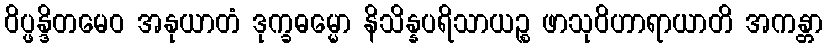
ဝိပ္ဖန္ဒိတမေဝ အနုယာတံ ဒုက္ခဓမ္မော နိသိန္နပရိသာယဉ္စ ဖာသုဝိဟာရာယာတိ အကန္တာ